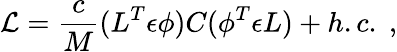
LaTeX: {\cal L}=\frac{c}{M}(L^{T}\epsilon\phi)C(\phi^{T}\epsilon L)+h.c.\; ,